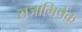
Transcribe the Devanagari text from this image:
राजाभिषेक